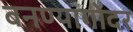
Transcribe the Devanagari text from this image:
बनण्यागोदर